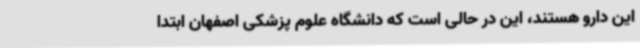
این دارو هستند، این در حالی است که دانشگاه علوم پزشکی اصفهان ابتدا